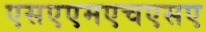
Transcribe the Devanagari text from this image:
एसएएमएचएसए